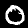
Label: 0